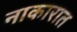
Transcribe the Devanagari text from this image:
नाकारात